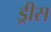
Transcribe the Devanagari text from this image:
ड्रीस